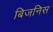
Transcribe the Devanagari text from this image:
बिजनिस